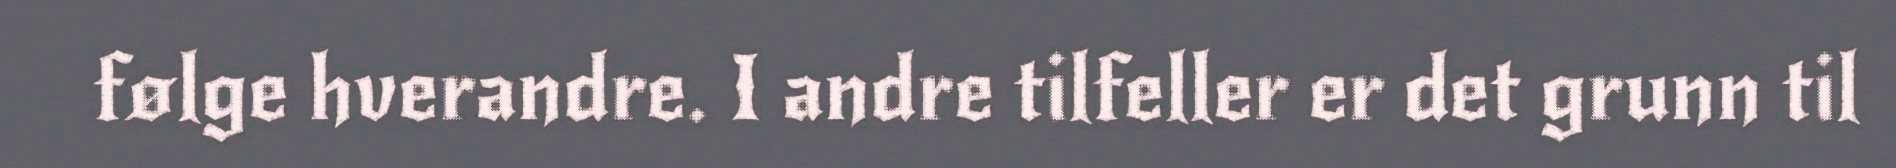
følge hverandre. I andre tilfeller er det grunn til